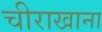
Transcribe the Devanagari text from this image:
चीराखाना